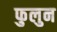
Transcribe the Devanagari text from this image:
फुलुन